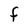
Character: f